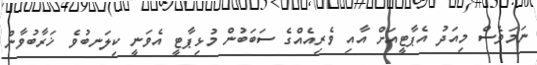
ނަމަވެސް މިއަދު އެޕާޓީއަށް އާއި ވެރިއެއްގެ ސަބަބުން މުޅިޕާޓީ އެވަނީ ކިލަނބުވެ ޚަރާބުވާން